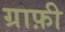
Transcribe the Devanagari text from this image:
ग्राफ़ी